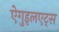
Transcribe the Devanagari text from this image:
ऐगुइलएट्स